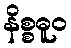
နိစ္စဓူဝ